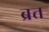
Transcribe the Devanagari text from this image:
ब्रत्त